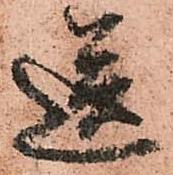
送